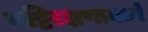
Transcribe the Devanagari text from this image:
यष्टिरक्षणामध्ये